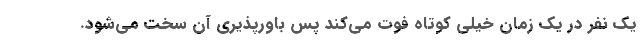
یک نفر در یک زمان خیلی کوتاه فوت می‌کند پس باورپذیری آن سخت می‌شود.